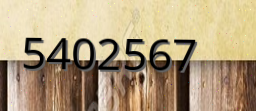
5402567